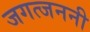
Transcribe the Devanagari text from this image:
जगत्जननी